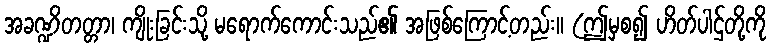
အခဏ္ဍိတတ္တာ၊ ကျိုးခြင်းသို့ မရောက်ကောင်းသည်၏ အဖြစ်ကြောင့်တည်း။ (ဤမှစ၍ ဟိတ်ပါဌ်တို့ကို